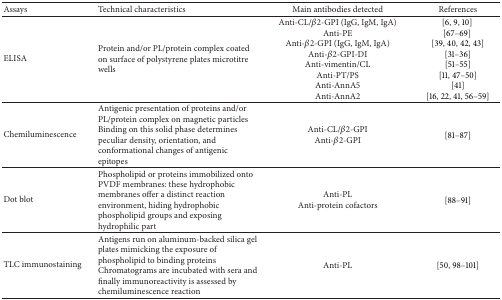
<table><thead><tr><td><b>Assays</b></td><td><b>Technical characteristics</b></td><td><b>Main antibodies detected</b></td><td><b>References</b></td></tr></thead><tbody><tr><td>ELISA</td><td>Protein and/or PL/protein complex coated on surface of polystyrene plates microtitre wells</td><td>Anti-CL/<i>β</i>2-GPI (IgG, IgM, IgA)Anti-PEAnti-<i>β</i>2-GPI (IgG, IgM, IgA)Anti-<i>β</i>2-GPI-DIAnti-vimentin/CL Anti-PT/PSAnti-AnnA5Anti-AnnA2</td><td>[6, 9, 10] [67–69] [39, 40, 42, 43][31–36][51–55][11, 47–50][41][16, 22, 41, 56–59]</td></tr><tr><td>Chemiluminescence</td><td>Antigenic presentation of proteins and/or PL/protein complex on magnetic particlesBinding on this solid phase determines peculiar density, orientation, and conformational changes of antigenic epitopes</td><td>Anti-CL/<i>β</i>2-GPIAnti-<i>β</i>2-GPI</td><td>[81–87]</td></tr><tr><td>Dot blot</td><td>Phospholipid or proteins immobilized onto PVDF membranes: these hydrophobic membranes offer a distinct reaction environment, hiding hydrophobic phospholipid groups and exposing hydrophilic part </td><td>Anti-PLAnti-protein cofactors</td><td>[88–91]</td></tr><tr><td>TLC immunostaining</td><td>Antigens run on aluminum-backed silica gel plates mimicking the exposure of phospholipid to binding proteins Chromatograms are incubated with sera and finally immunoreactivity is assessed by chemiluminescence reaction</td><td>Anti-PL</td><td>[50, 98–101]</td></tr></tbody></table>